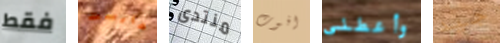
فقط هارست منتدى افوت وأعطني جيد